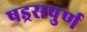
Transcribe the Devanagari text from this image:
षड्रसपुर्ण